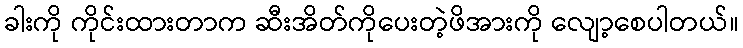
ခါးကို ကိုင်းထားတာက ဆီးအိတ်ကိုပေးတဲ့ဖိအားကို လျော့စေပါတယ်။